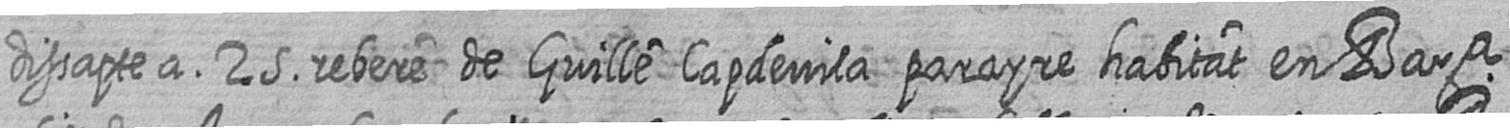
dissapte a 25 rebere de Guille Capdevila parayre habitat en Bara